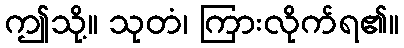
ဤသို့။ သုတံ၊ ကြားလိုက်ရ၏။